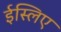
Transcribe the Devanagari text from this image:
ईस्लिए